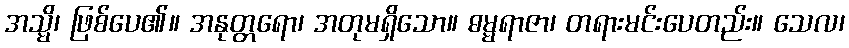
အသ္မိ၊ ဖြစ်ပေ၏။ အနုတ္တရော၊ အတုမရှိသော။ ဓမ္မရာဇာ၊ တရားမင်းပေတည်း။ သေလ၊